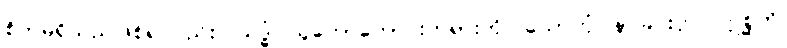
စိတ်မရှိသည်ဖြစ်၍လည်း။ သဒ္ဓံ၊ သူတော်ကောင်းတရားကို။ သောတုံ၊ နာခြင်းငှာ။ ဣစ္ဆတိ၊